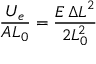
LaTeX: { \frac { U _ { e } } { A L _ { 0 } } } = { \frac { E \, { \Delta L } ^ { 2 } } { 2 L _ { 0 } ^ { 2 } } }